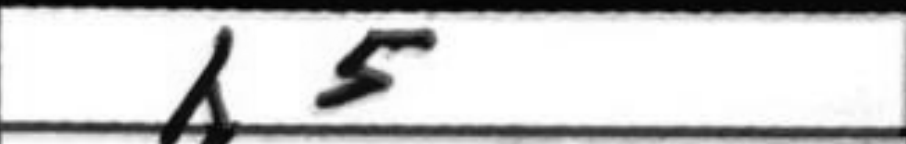
Transcription: h5